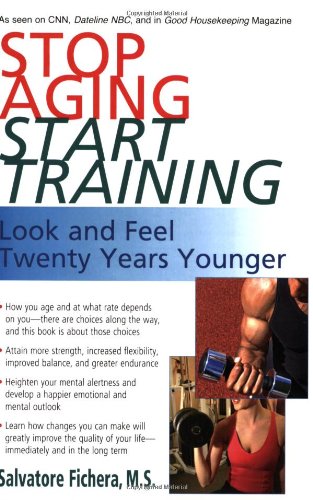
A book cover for Stop Aging Start Training: Look and Feel Twenty Years Younger; Salvatore Fichera; Health, Fitness & Dieting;